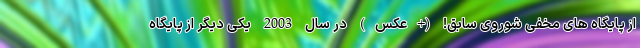
از پایگاه های مخفی شوروی سابق! (+عکس) در سال 2003 یکی دیگر از پایگاه